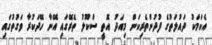
އެކަމަކު ދައުލަތުގެ ފުދުންތެރިކަން މިއަދު އޮތީ ސްކޫލު ތެރޭގައި އޭނާ ހޭދަކުރާ ވަގުތުގައި